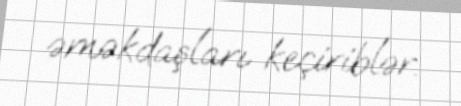
əməkdaşları keçiriblər.